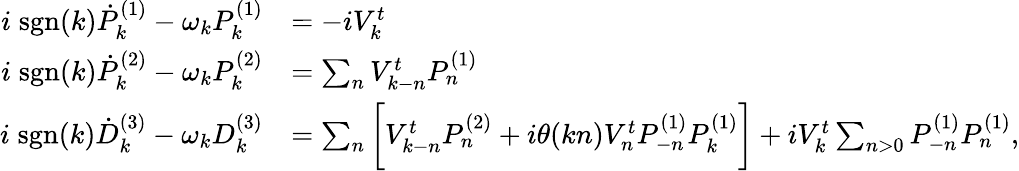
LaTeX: \begin{array}{rl}{i\; \mathrm{\mathrm{sgn}}(k)\dot{P}_{k}^{(1)}-\omega_{k}P_{k}^{(1)}}&{=-iV_{k}^{t}}\\ {i\; \mathrm{\mathrm{sgn}}(k)\dot{P}_{k}^{(2)}-\omega_{k}P_{k}^{(2)}}&{=\sum_{n}V_{k-n}^{t}P_{n}^{(1)}}\\ {i\; \mathrm{\mathrm{sgn}}(k)\dot{D}_{k}^{(3)}-\omega_{k}D_{k}^{(3)}}&{=\sum_{n}\bigg[V_{k-n}^{t}P_{n}^{(2)}+i\theta(kn)V_{n}^{t}P_{-n}^{(1)}P_{k}^{(1)}\bigg]+iV_{k}^{t}\sum_{n>0}P_{-n}^{(1)}P_{n}^{(1)},}\end{array}